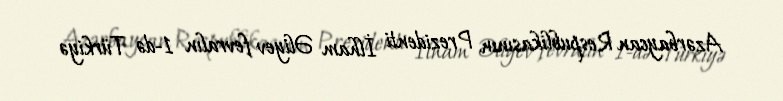
Azərbaycan Respublikasının Prezidenti İlham Əliyev fevralın 1-də Türkiyə